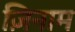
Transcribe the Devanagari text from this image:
ज़िनाम